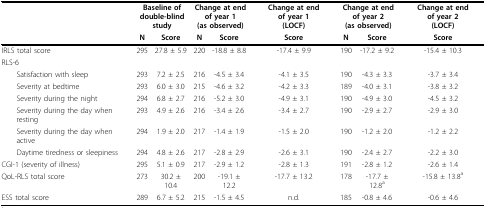
<table><thead><tr><td></td><td colspan="2"><b>Baseline of double-blind study</b></td><td colspan="2"><b>Change at end of year 1(as observed)</b></td><td><b>Change at end of year 1(LOCF)</b></td><td colspan="2"><b>Change at end of year 2(as observed)</b></td><td><b>Change at end of year 2(LOCF)</b></td></tr><tr><td></td><td><b>N</b></td><td><b>Score</b></td><td><b>N</b></td><td><b>Score</b></td><td><b>Score</b></td><td><b>N</b></td><td><b>Score</b></td><td><b>Score</b></td></tr></thead><tbody><tr><td>IRLS total score</td><td>295</td><td>27.8 ± 5.9</td><td>220</td><td>-18.8 ± 8.8</td><td>-17.4 ± 9.9</td><td>190</td><td>-17.2 ± 9.2</td><td>-15.4 ± 10.3</td></tr><tr><td>RLS-6</td><td></td><td></td><td></td><td></td><td></td><td></td><td></td><td></td></tr><tr><td> Satisfaction with sleep</td><td>293</td><td>7.2 ± 2.5</td><td>216</td><td>-4.5 ± 3.4</td><td>-4.1 ± 3.5</td><td>190</td><td>-4.3 ± 3.3</td><td>-3.7 ± 3.4</td></tr><tr><td> Severity at bedtime</td><td>293</td><td>6.0 ± 3.0</td><td>215</td><td>-4.6 ± 3.2</td><td>-4.2 ± 3.3</td><td>189</td><td>-4.0 ± 3.1</td><td>-3.8 ± 3.2</td></tr><tr><td> Severity during the night</td><td>294</td><td>6.8 ± 2.7</td><td>216</td><td>-5.2 ± 3.0</td><td>-4.9 ± 3.1</td><td>190</td><td>-4.9 ± 3.0</td><td>-4.5 ± 3.2</td></tr><tr><td> Severity during the day when resting</td><td>293</td><td>4.9 ± 2.6</td><td>216</td><td>-3.4 ± 2.6</td><td>-3.4 ± 2.7</td><td>190</td><td>-2.9 ± 2.7</td><td>-2.9 ± 3.0</td></tr><tr><td> Severity during the day when active</td><td>294</td><td>1.9 ± 2.0</td><td>217</td><td>-1.4 ± 1.9</td><td>-1.5 ± 2.0</td><td>190</td><td>-1.2 ± 2.0</td><td>-1.2 ± 2.2</td></tr><tr><td> Daytime tiredness or sleepiness</td><td>294</td><td>4.8 ± 2.6</td><td>217</td><td>-2.8 ± 2.9</td><td>-2.6 ± 3.1</td><td>190</td><td>-2.4 ± 2.7</td><td>-2.2 ± 3.0</td></tr><tr><td>CGI-1 (severity of illness)</td><td>295</td><td>5.1 ± 0.9</td><td>217</td><td>-2.9 ± 1.2</td><td>-2.8 ± 1.3</td><td>191</td><td>-2.8 ± 1.2</td><td>-2.6 ± 1.4</td></tr><tr><td>QoL-RLS total score</td><td>273</td><td>30.2 ± 10.4</td><td>200</td><td>-19.1 ± 12.2</td><td>-17.7 ± 13.2</td><td>178</td><td>-17.7 ± 12.8<sup>a</sup></td><td>-15.8 ± 13.8<sup>a</sup></td></tr><tr><td>ESS total score</td><td>289</td><td>6.7 ± 5.2</td><td>215</td><td>-1.5 ± 4.5</td><td>n.d.</td><td>185</td><td>-0.8 ± 4.6</td><td>-0.6 ± 4.6</td></tr></tbody></table>